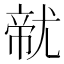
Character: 𱚭